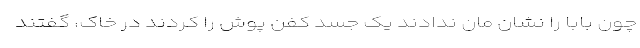
چون بابا را نشان مان ندادند یک جسد کفن پوش را کردند در خاک، گفتند